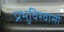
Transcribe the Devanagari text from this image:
प्रभुविश्वासी